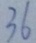
3 6